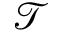
\mathcal { T }